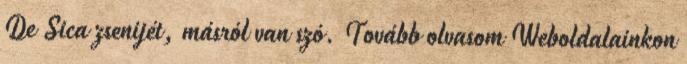
De Sica zsenijét, másról van szó. Tovább olvasom Weboldalainkon